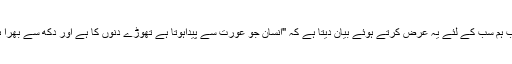
ایوب ہم سب کے لئے یہ عرض کرتے ہوئے بیان دیتا ہے کہ "انسان جو عورت سے پیداہوتا ہے تھوڑے دنوں کا ہے اور دکھ سے بھرا ہے۔